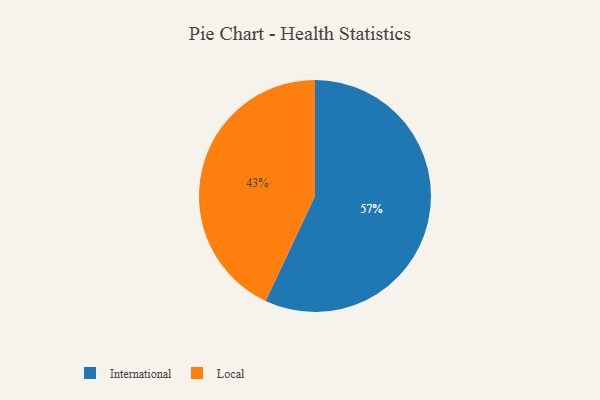
{"axis": {"x": "Category", "y": "Percentage"}, "legend": ["International", "Local"], "data": [{"x": "International", "y": 57, "type": "International"}, {"x": "Local", "y": 43, "type": "Local"}]}